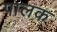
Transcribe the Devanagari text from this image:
पालक्